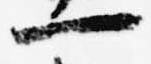
一